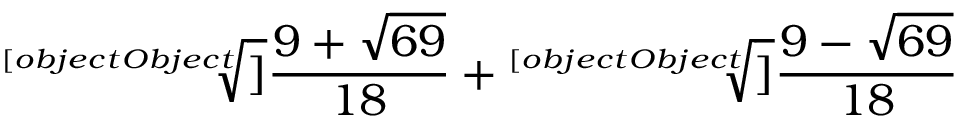
{ \sqrt [ [object Object] ] { \frac { 9 + { \sqrt { 6 9 } } } { 1 8 } } } + { \sqrt [ [object Object] ] { \frac { 9 - { \sqrt { 6 9 } } } { 1 8 } } }